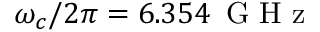
\omega _ { c } / 2 \pi = 6 . 3 5 4 \, \textrm { G H z }